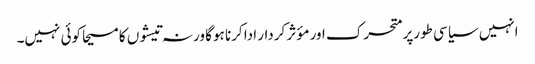
انہیں سیاسی طورپر متحرک اور مؤثر کردار ادا کرنا ہوگا ورنہ تیشوں کا مسیحا کوئی نہیں۔